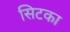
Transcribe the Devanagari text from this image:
सिटका